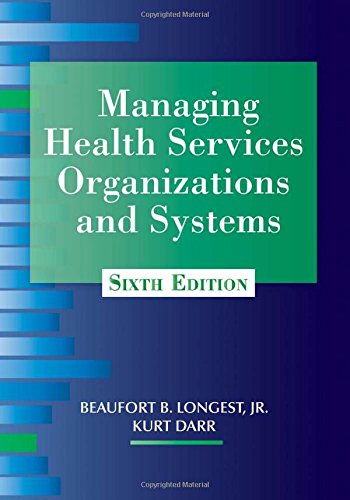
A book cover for Managing Health Services Organizations and Systems, Sixth Edition (MHSOS); Beaufort B. Longest; Medical Books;